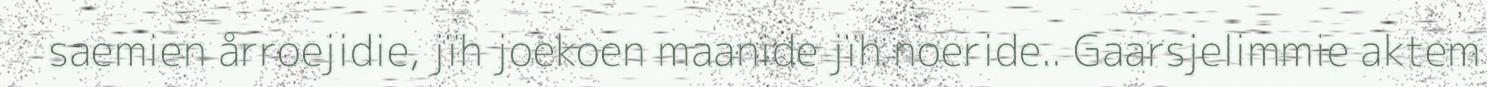
saemien årroejidie, jïh joekoen maanide jïh noeride.. Gaarsjelimmie aktem